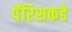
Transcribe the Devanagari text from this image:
पॅरिसकडे